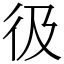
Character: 彶